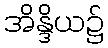
အိန္ဒိယ၌